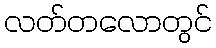
လတ်တလောတွင်